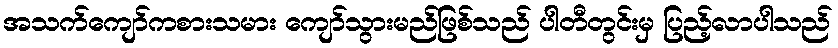
အသက်ကျော်ကစားသမား ကျော်သွားမည်ဖြစ်သည် ပါတီတွင်းမှ ပြည့်လာပါသည်